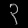
Digit: ၃